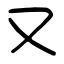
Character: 又